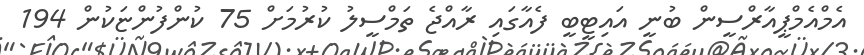
އެމްއެމްޕީއާރްސީން ބުނީ އައިޓީބީ ފެއާގައި ރާއްޖެ ތަމްސީލު ކުރުމަށް 75 ކުންފުންޏަކުން 194